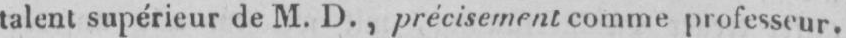
talent supérieur de M. D., précisement comme professeur.